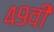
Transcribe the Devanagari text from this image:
४९वी